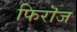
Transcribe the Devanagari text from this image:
फिरॊज